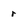
Character: r